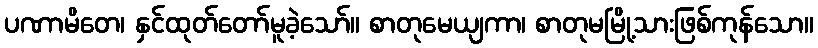
ပဏာမိတေ၊ နှင်ထုတ်တော်မူခဲ့သော်။ စာတုမေယျကာ၊ စာတုမမြို့သားဖြစ်ကုန်သော။